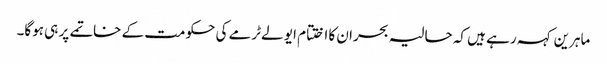
ماہرین کہہ رہے ہیں کہ حالیہ بحران کا اختتام ایو لےٹرمے کی حکومت کے خاتمے پر ہی ہوگا۔